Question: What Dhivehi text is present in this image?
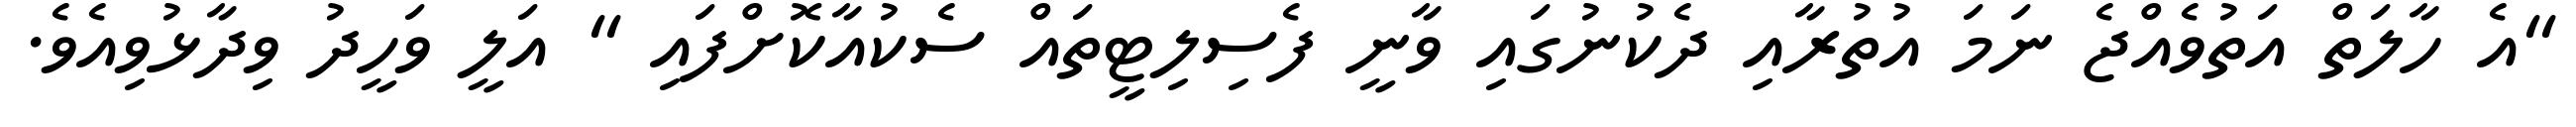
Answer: "އެ ހާލަތް އަތުވެއްޖެ ނަމަ އުތުރާއި ދެކުނުގައި ވާނީ ފެސިލިޓީތައް ސެކުއާކޮށްފައި " އަލީ ވަހީދު ވިދާޅުވިއެވެ.